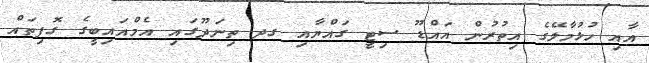
އާއި ހުޅުމާލޭގެ އިތުރުން އައްޑޫ ސިޓީ ގައްޔާއި ގދ ތިނަދޫގައި އެމްއައިބީގެ ގޮފިތައް